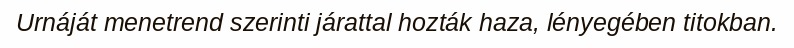
Urnáját menetrend szerinti járattal hozták haza, lényegében titokban.